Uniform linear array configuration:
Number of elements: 48
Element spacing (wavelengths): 0.25
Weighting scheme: blackman
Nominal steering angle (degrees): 60
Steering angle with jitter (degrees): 59.063
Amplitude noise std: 0.05
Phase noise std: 0.05

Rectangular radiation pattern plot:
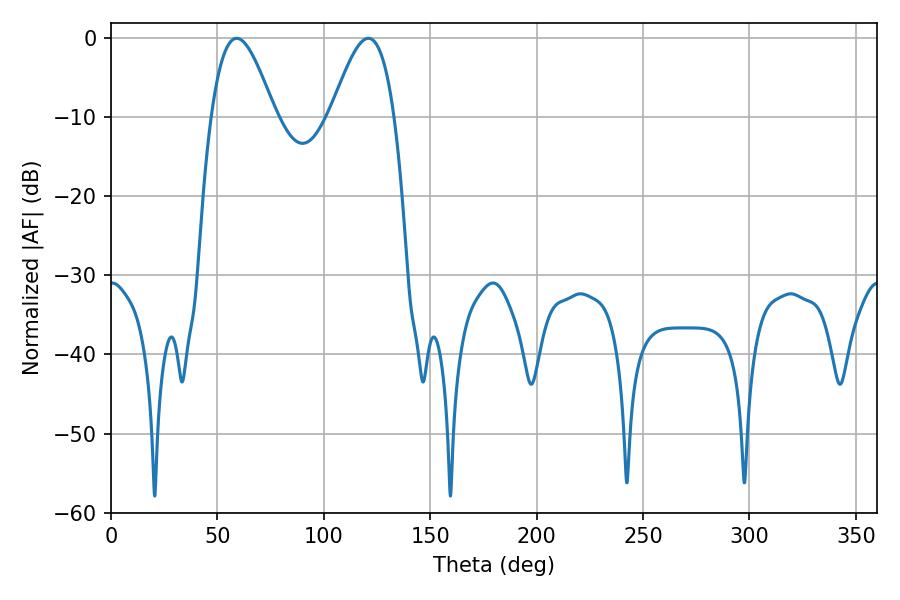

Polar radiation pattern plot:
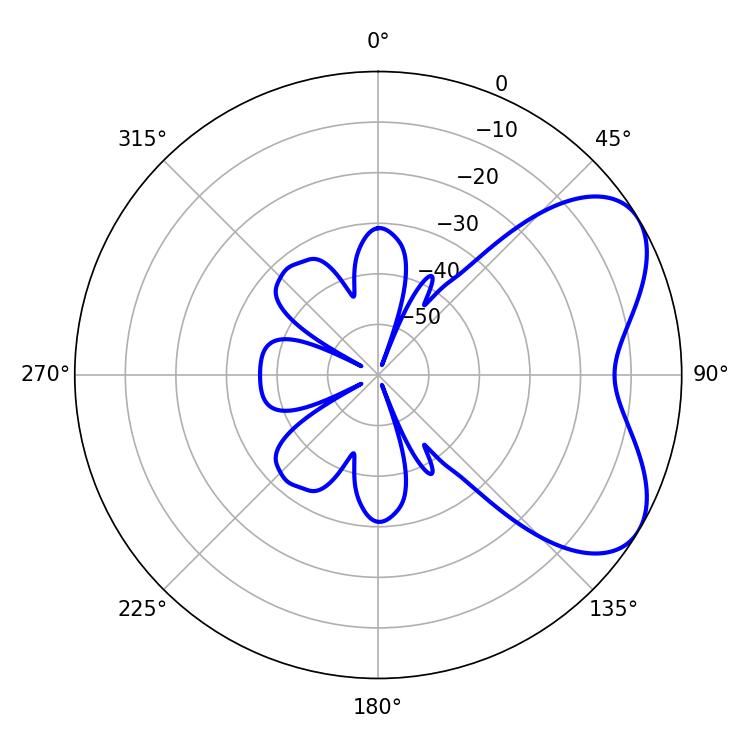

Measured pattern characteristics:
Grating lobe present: FALSE
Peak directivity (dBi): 5.612
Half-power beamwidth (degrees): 16.02
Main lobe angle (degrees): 59.04